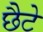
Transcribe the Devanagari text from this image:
छैटे